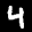
Label: 4